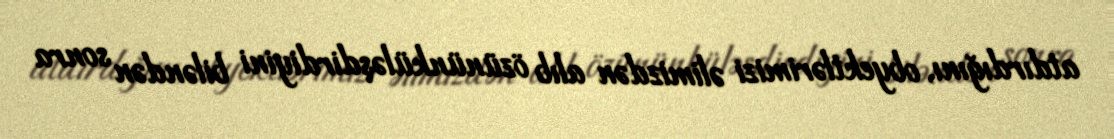
atdırdığını, obyektlərimizi əlimizdən alıb özününküləşdirdiyini biləndən sonra